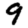
Digit: 9